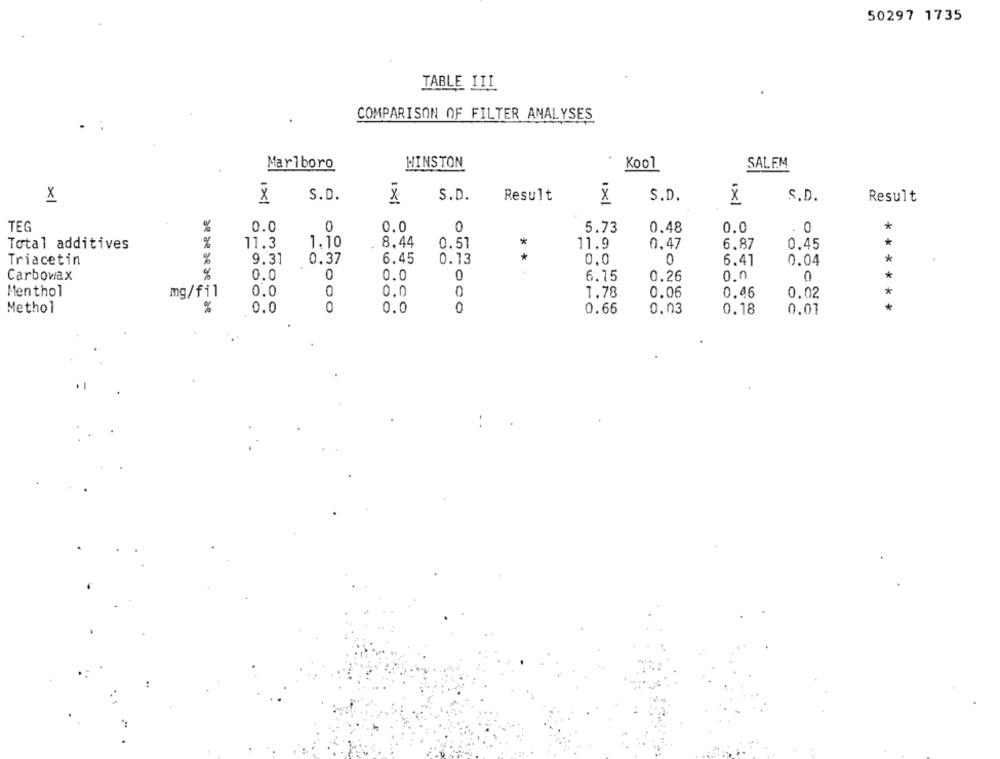
50297 1735
TABLE III
COMPARISON OF FILTER ANALYSES
Marlboro
WINSTON
Kool
SALEM
X
S.D.
S.D.
Result
x
S.D.
S.D.
X
Result
TEG
0.0
0
0.0
0
*
5.73
0.48
0.0
. 0
11.3
1.10
8.44
*
Total additives
0.51
11.9
0.47
6.87
0.45
0.37
*
*
Triacetin
9.31
6.45
0.13
0,0
0
6.41
0.04
Carbowax
0.0
0.0
0
6.15
0.26
0.0
0
*
Menthol
mg/fil
0.0
0.0
0
1.78
0.06
0.46
0.02
*
Methol
%
0.0
O
0.0
0.66
0,03
0.18
0.01